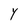
Character: Y